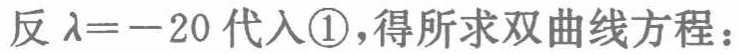
反\(\lambda = - 20\)代入\textcircled{1}，得所求双曲线方程：